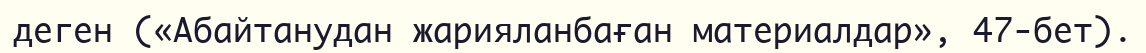
деген («Абайтанудан жарияланбаған материалдар», 47-бет).